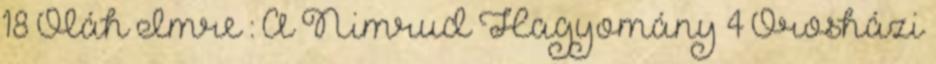
18 Oláh Imre : A Nimrud Hagyomány 4 Orosházi